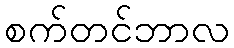
စက်တင်ဘာလ